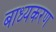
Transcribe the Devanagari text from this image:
बाध्यकरण